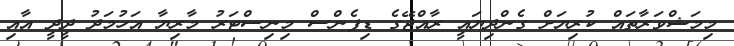
މިމަޝްވަރާތައް ކުރިޔަށް ގެންދިޔައީ ރާއްޖޭގެ ޑިފެންސް މިނިސްޓަރު މާރިޔާ އަހުމަދު ދީދީ އާއި